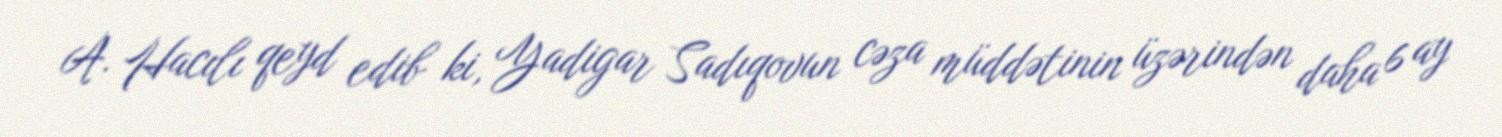
A. Hacılı qeyd edib ki, Yadigar Sadıqovun cəza müddətinin üzərindən daha 6 ay